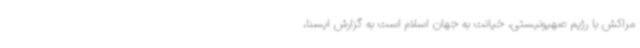
مراکش با رژیم‌ صهیونیستی، خیانت به جهان اسلام است به گزارش ایسنا،